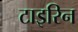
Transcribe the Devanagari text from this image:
टाइरिन